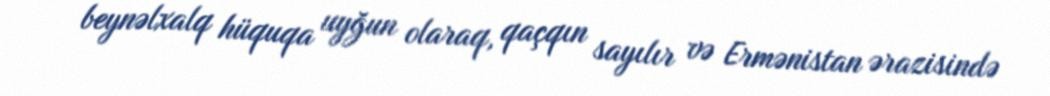
beynəlxalq hüquqa uyğun olaraq, qaçqın sayılır və Ermənistan ərazisində